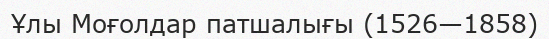
Ұлы Моғолдар патшалығы (1526—1858)